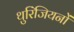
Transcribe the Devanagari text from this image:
थुरिंजियनों